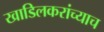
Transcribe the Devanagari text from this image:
खाडिलकरांच्याच